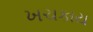
ખચકાય